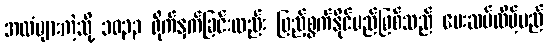
အလံများကဲ့သို့ ၁၀၃၃ ရိုက်နှက်ခြင်းလည်း ဖြည့်စွက်နိုင်မည်ဖြစ်သည် ပေးဆပ်လိမ့်မည်